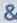
&